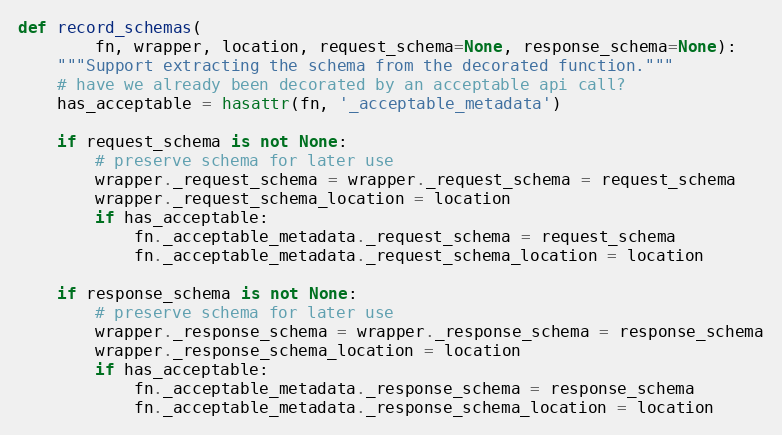
Language: Python
def record_schemas(
        fn, wrapper, location, request_schema=None, response_schema=None):
    """Support extracting the schema from the decorated function."""
    # have we already been decorated by an acceptable api call?
    has_acceptable = hasattr(fn, '_acceptable_metadata')

    if request_schema is not None:
        # preserve schema for later use
        wrapper._request_schema = wrapper._request_schema = request_schema
        wrapper._request_schema_location = location
        if has_acceptable:
            fn._acceptable_metadata._request_schema = request_schema
            fn._acceptable_metadata._request_schema_location = location

    if response_schema is not None:
        # preserve schema for later use
        wrapper._response_schema = wrapper._response_schema = response_schema
        wrapper._response_schema_location = location
        if has_acceptable:
            fn._acceptable_metadata._response_schema = response_schema
            fn._acceptable_metadata._response_schema_location = location